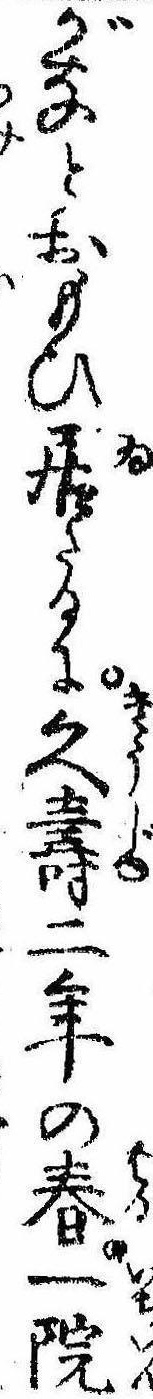
がなとおもひ居たるに久寿二年の春一院